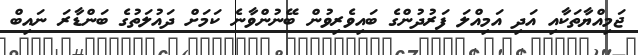
ޖަމިއްޔާތަކާއި އަދި އަމިއްލަ ފަރުދުންގެ ބައިވެރިވުން ބޭނުންވާނެ ކަމަށް ދައުލަތުގެ ބަންޑާރަ ނައިބް